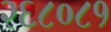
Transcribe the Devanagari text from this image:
२६८०८१